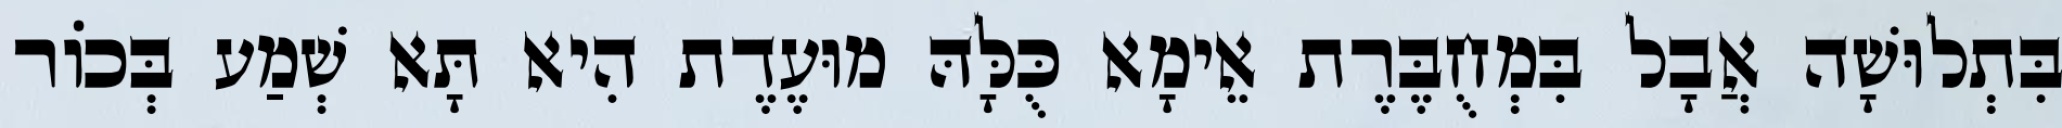
בִּתְלוּשָׁה אֲבָל בִּמְחֻבֶּרֶת אֵימָא כֻּלָּהּ מוּעֶדֶת הִיא תָּא שְׁמַע בְּכוֹר